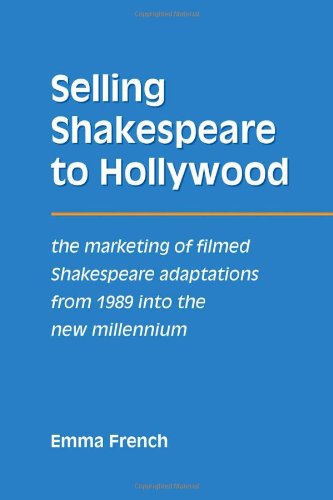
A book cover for Selling Shakespeare to Hollywood: The Marketing of Filmed Shakespeare Adaptations from 1989 into the New Millennium; Emma French; Humor & Entertainment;